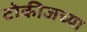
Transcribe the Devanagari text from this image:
टोकीजच्या